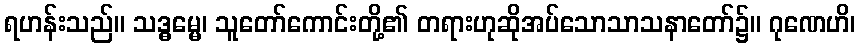
ရဟန်းသည်။ သဒ္ဓမ္မေ၊ သူတော်ကောင်းတို့၏ တရားဟုဆိုအပ်သောသာသနာတော်၌။ ဂုဏေဟိ၊